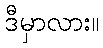
ဒီမှာလား။